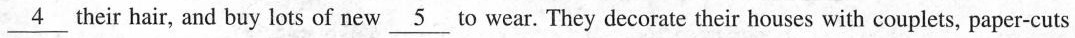
\underline{4}their hair, and buy lots of new \underline{5}to wear. They decorate their houses with couplets, paper-cuts